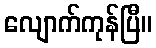
လျောက်ကုန်ပြီ။